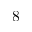
8